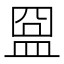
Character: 𥁰